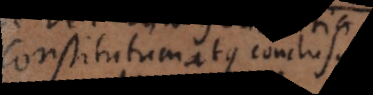
constitutum atque conclusum